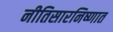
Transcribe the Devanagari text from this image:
नीतिसारनिष्णात